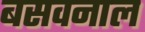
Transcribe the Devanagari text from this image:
बसवनाल